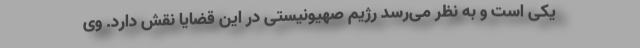
یکی است و به نظر می‌رسد رژیم صهیونیستی در این قضایا نقش دارد. وی